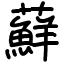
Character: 蘚